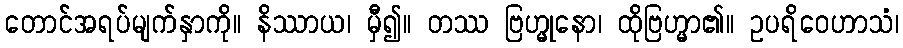
တောင်အရပ်မျက်နှာကို။ နိဿာယ၊ မှီ၍။ တဿ ဗြဟ္မုနော၊ ထိုဗြဟ္မာ၏။ ဥပရိဝေဟာသံ၊